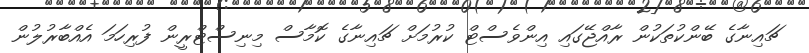
ޗައިނާގެ ބޭންކުތަކުން ރާއްޖޭގައި އިންވެސްޓް ކުރުމަށް ޗައިނާގެ ކޮމާސް މިނިސްޓްރީން ފުރިހަމަ އެއްބާރުލުން